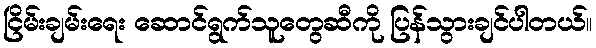
ငြိမ်းချမ်းရေး ဆောင်ရွက်သူတွေဆီကို ပြန်သွားချင်ပါတယ်။